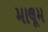
માલૂમ